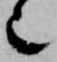
也